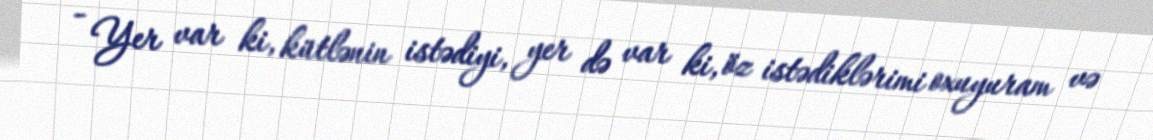
- Yer var ki, kütlənin istədiyi, yer də var ki, öz istədiklərimi oxuyuram və